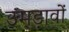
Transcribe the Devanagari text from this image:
उमड़ावों